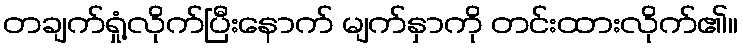
တချက်ရှုံ့လိုက်ပြီးနောက် မျက်နှာကို တင်းထားလိုက်၏။